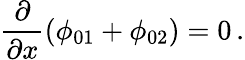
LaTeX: \frac{\partial}{\partial x}(\phi_{01}+\phi_{02})=0\, .